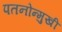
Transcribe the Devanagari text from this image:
पतनोन्मुखी